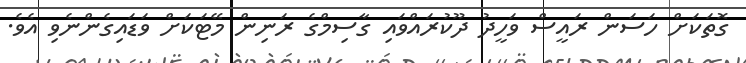
ގޮތަކަށް ހަސަން ރައީސް ވަހީދު ދޫކުރައްވައި ގާސިމްގެ ރަނިން މޭޓަކަށް ވަޑައިގެންނެވި އެވެ.